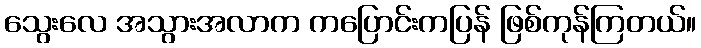
သွေးလေ အသွားအလာက ကပြောင်းကပြန် ဖြစ်ကုန်ကြတယ်။